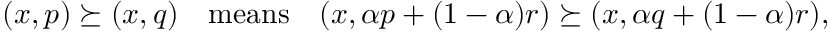
\begin{array} { r } { ( x , p ) \succeq ( x , q ) \quad \mathrm { m e a n s } \quad ( x , \alpha p + ( 1 - \alpha ) r ) \succeq ( x , \alpha q + ( 1 - \alpha ) r ) , } \end{array}